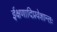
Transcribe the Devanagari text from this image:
ईक्षणादिप्रवेशान्तः